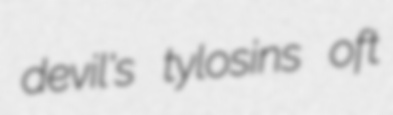
devil's tylosins oft